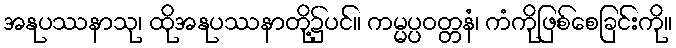
အနုပဿနာသု၊ ထိုအနုပဿနာတို့၌ပင်။ ကမ္မပ္ပဝတ္တနံ၊ ကံကိုဖြစ်စေခြင်းကို။